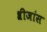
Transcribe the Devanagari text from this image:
श्रीजांस